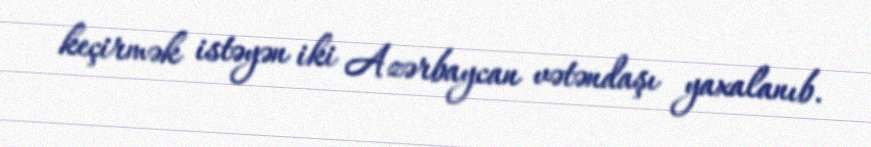
keçirmək istəyən iki Azərbaycan vətəndaşı yaxalanıb.